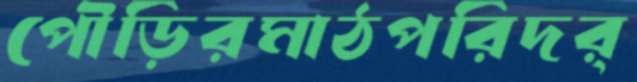
পৌড়িরমাঠপরিদর্